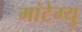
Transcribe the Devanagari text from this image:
मांटेग्यु